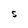
Character: S